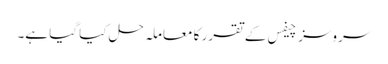
سروسز چیفس کے تقرر کا معاملہ حل کیا گیا ہے۔